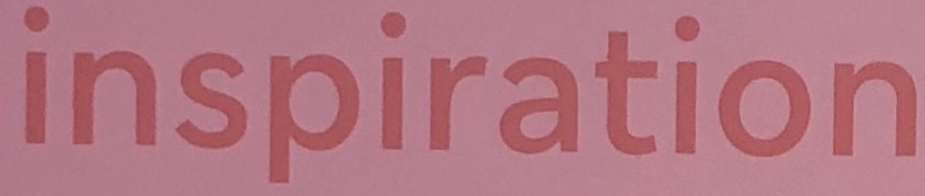
inspiration